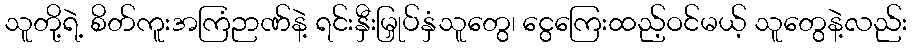
သူတို့ရဲ့ စိတ်ကူးအကြံဉာဏ်နဲ့ ရင်းနှီးမြှုပ်နှံသူတွေ၊ ငွေကြေးထည့်ဝင်မယ့် သူတွေနဲ့လည်း